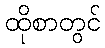
ထိုစာတွင်